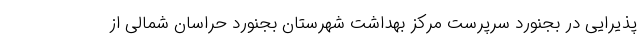
پذیرایی در بجنورد سرپرست مرکز بهداشت شهرستان بجنورد حراسان شمالی از